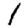
Digit: 1